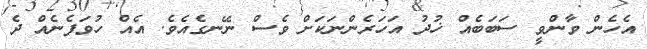
އެހެން ވާންވީ ސަބަބެއް ޚުދު އަހަރެންނަކަށް ވެސް ނޭނގެއެވެ. އެއް ހުވަފެނެއް ދެ